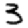
Digit: 3